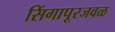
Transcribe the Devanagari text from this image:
सिंगापूरजवळ